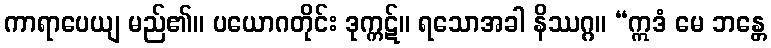
ကာရာပေယျ မည်၏။ ပယောဂတိုင်း ဒုက္ကဋ်။ ရသောအခါ နိဿဂ္ဂ။ “ဣဒံ မေ ဘန္တေ